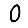
Digit: 0